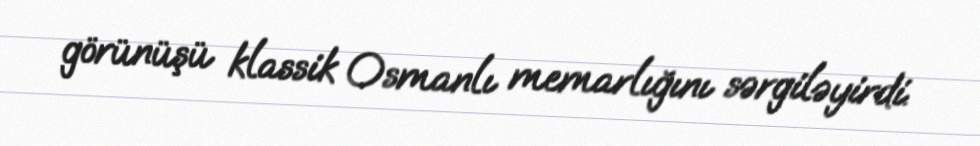
görünüşü klassik Osmanlı memarlığını sərgiləyirdi.